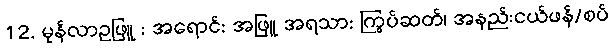
12. မုန်လာဥဖြူ : အရောင်: အဖြူ အရသာ: ကြွပ်ဆတ်၊ အနည်းငယ်ဖန်/စပ်